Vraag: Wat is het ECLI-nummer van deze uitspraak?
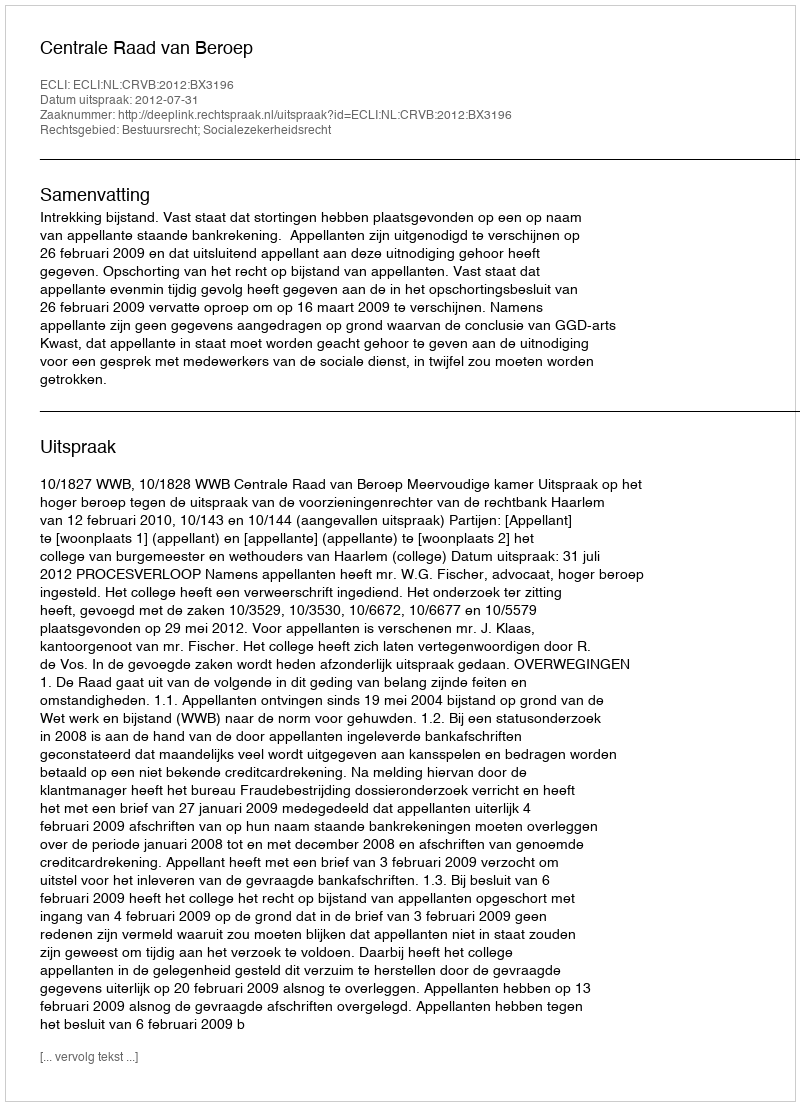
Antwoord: ECLI:NL:CRVB:2012:BX3196